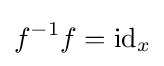
f^{-1}f=\mathrm {id} _{x}